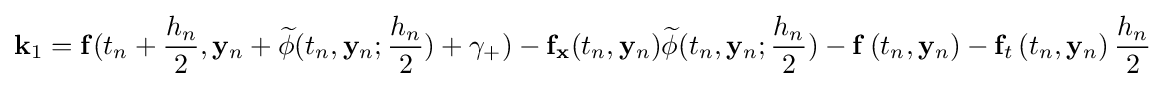
\mathbf {k} _{1}=\mathbf {f} (t_{n}+{\frac {h_{n}}{2}},\mathbf {y} _{n}+{\widetilde {\mathbf {\phi } }}(t_{n},\mathbf {y} _{n};{\frac {h_{n}}{2}})+\gamma _{+})-\mathbf {f} _{\mathbf {x} }(t_{n},\mathbf {y} _{n}){\widetilde {\mathbf {\phi } }}(t_{n},\mathbf {y} _{n};{\frac {h_{n}}{2}})-\mathbf {f} \left(t_{n},\mathbf {y} _{n}\right)-\mathbf {f} _{t}\left(t_{n},\mathbf {y} _{n}\right){\frac {h_{n}}{2}}